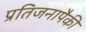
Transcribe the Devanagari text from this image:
प्रतिजनापैकी